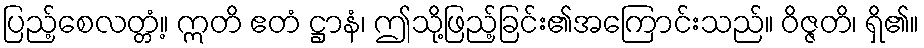
ပြည့်စေလတ္တံ့။ ဣတိ ဧတံ ဋ္ဌာနံ၊ ဤသို့ဖြည့်ခြင်း၏အကြောင်းသည်။ ဝိဇ္ဇတိ၊ ရှိ၏။